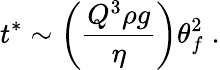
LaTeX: t^{\ast}\sim\left(\frac{Q^{3}\rho g}{\eta}\right)\theta_{f}^{2}\; .